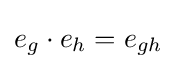
e_{g}\cdot e_{h}=e_{gh}